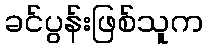
ခင်ပွန်းဖြစ်သူက